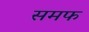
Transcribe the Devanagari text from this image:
समफ